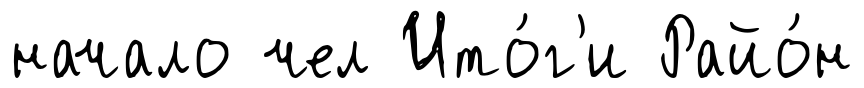
начало чел Ито́г'и Райо́н